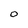
Character: 0